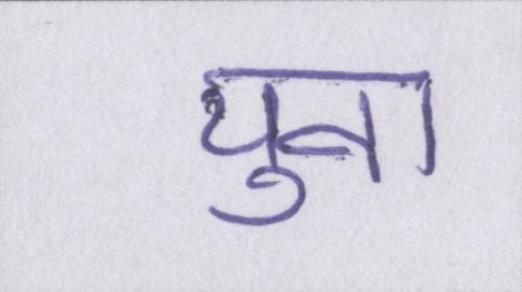
युवा